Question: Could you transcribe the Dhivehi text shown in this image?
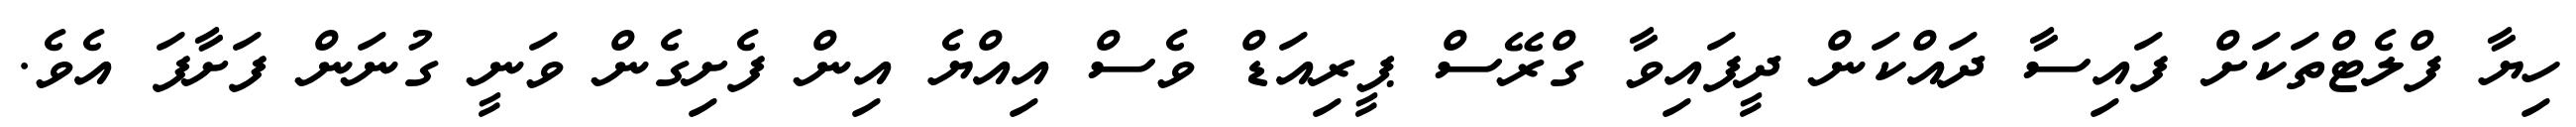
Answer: ހިޔާ ފްލެޓްތަކަށް ފައިސާ ދައްކަން ދީފައިވާ ގްރޭސް ޕީރިއަޑް ވެސް އިއްޔެ އިން ފެށިގެން ވަނީ ގުނަން ފަށާފަ އެވެ.